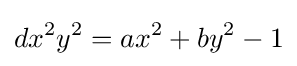
dx^{2}y^{2}=ax^{2}+by^{2}-1